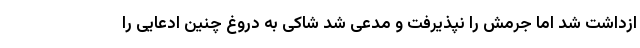
ازداشت شد اما جرمش را نپذیرفت و مدعی شد شاکی به دروغ چنین ادعایی را